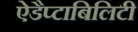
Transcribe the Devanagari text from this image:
ऐडैप्टाबिलिटी